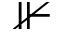
\nVdash